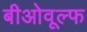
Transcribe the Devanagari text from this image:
बीओवूल्फ